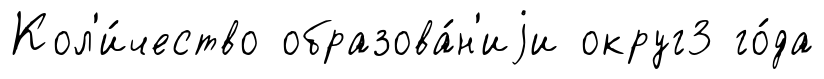
Кол'и́чество образова́н'иjи округ3 го́да